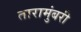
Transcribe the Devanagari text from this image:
तारामुंबरी